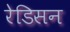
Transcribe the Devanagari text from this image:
रेडिसन